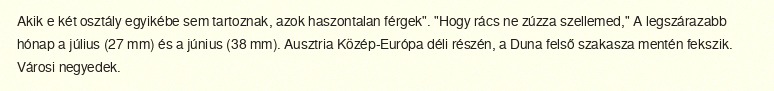
Akik e két osztály egyikébe sem tartoznak, azok haszontalan férgek". "Hogy rács ne zúzza szellemed," A legszárazabb hónap a július (27 mm) és a június (38 mm). Ausztria Közép-Európa déli részén, a Duna felső szakasza mentén fekszik. Városi negyedek.